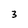
Character: 3